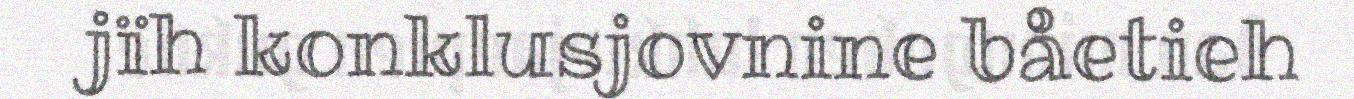
jïh konklusjovnine båetieh